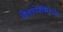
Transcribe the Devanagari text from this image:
चेतापेशींमध्ये